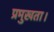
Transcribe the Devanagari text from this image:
प्रमुखता।